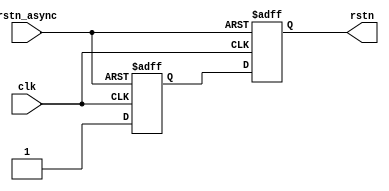
//Asynchronous reset, synchronous recovery;

module async_reset(
    input rstn_async,
    input clk,
    output reg rstn
);

reg q1;

always @(posedge clk or negedge rstn_async) begin
    if (!rstn_async) begin
        q1 <= 1'b0;
    end
    else begin
        q1 <= 1'b1;
    end
end

always @(posedge clk or negedge rstn_async) begin
    if (!rstn_async) begin
        rstn <= 1'b0;
    end
    else begin
        rstn <= q1;
    end
end

endmodule